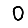
Digit: 0